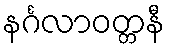
နင်္ဂလာဝတ္တနီ